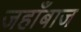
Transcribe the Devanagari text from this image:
जहाँबाज